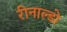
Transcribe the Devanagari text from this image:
रीनाल्डो